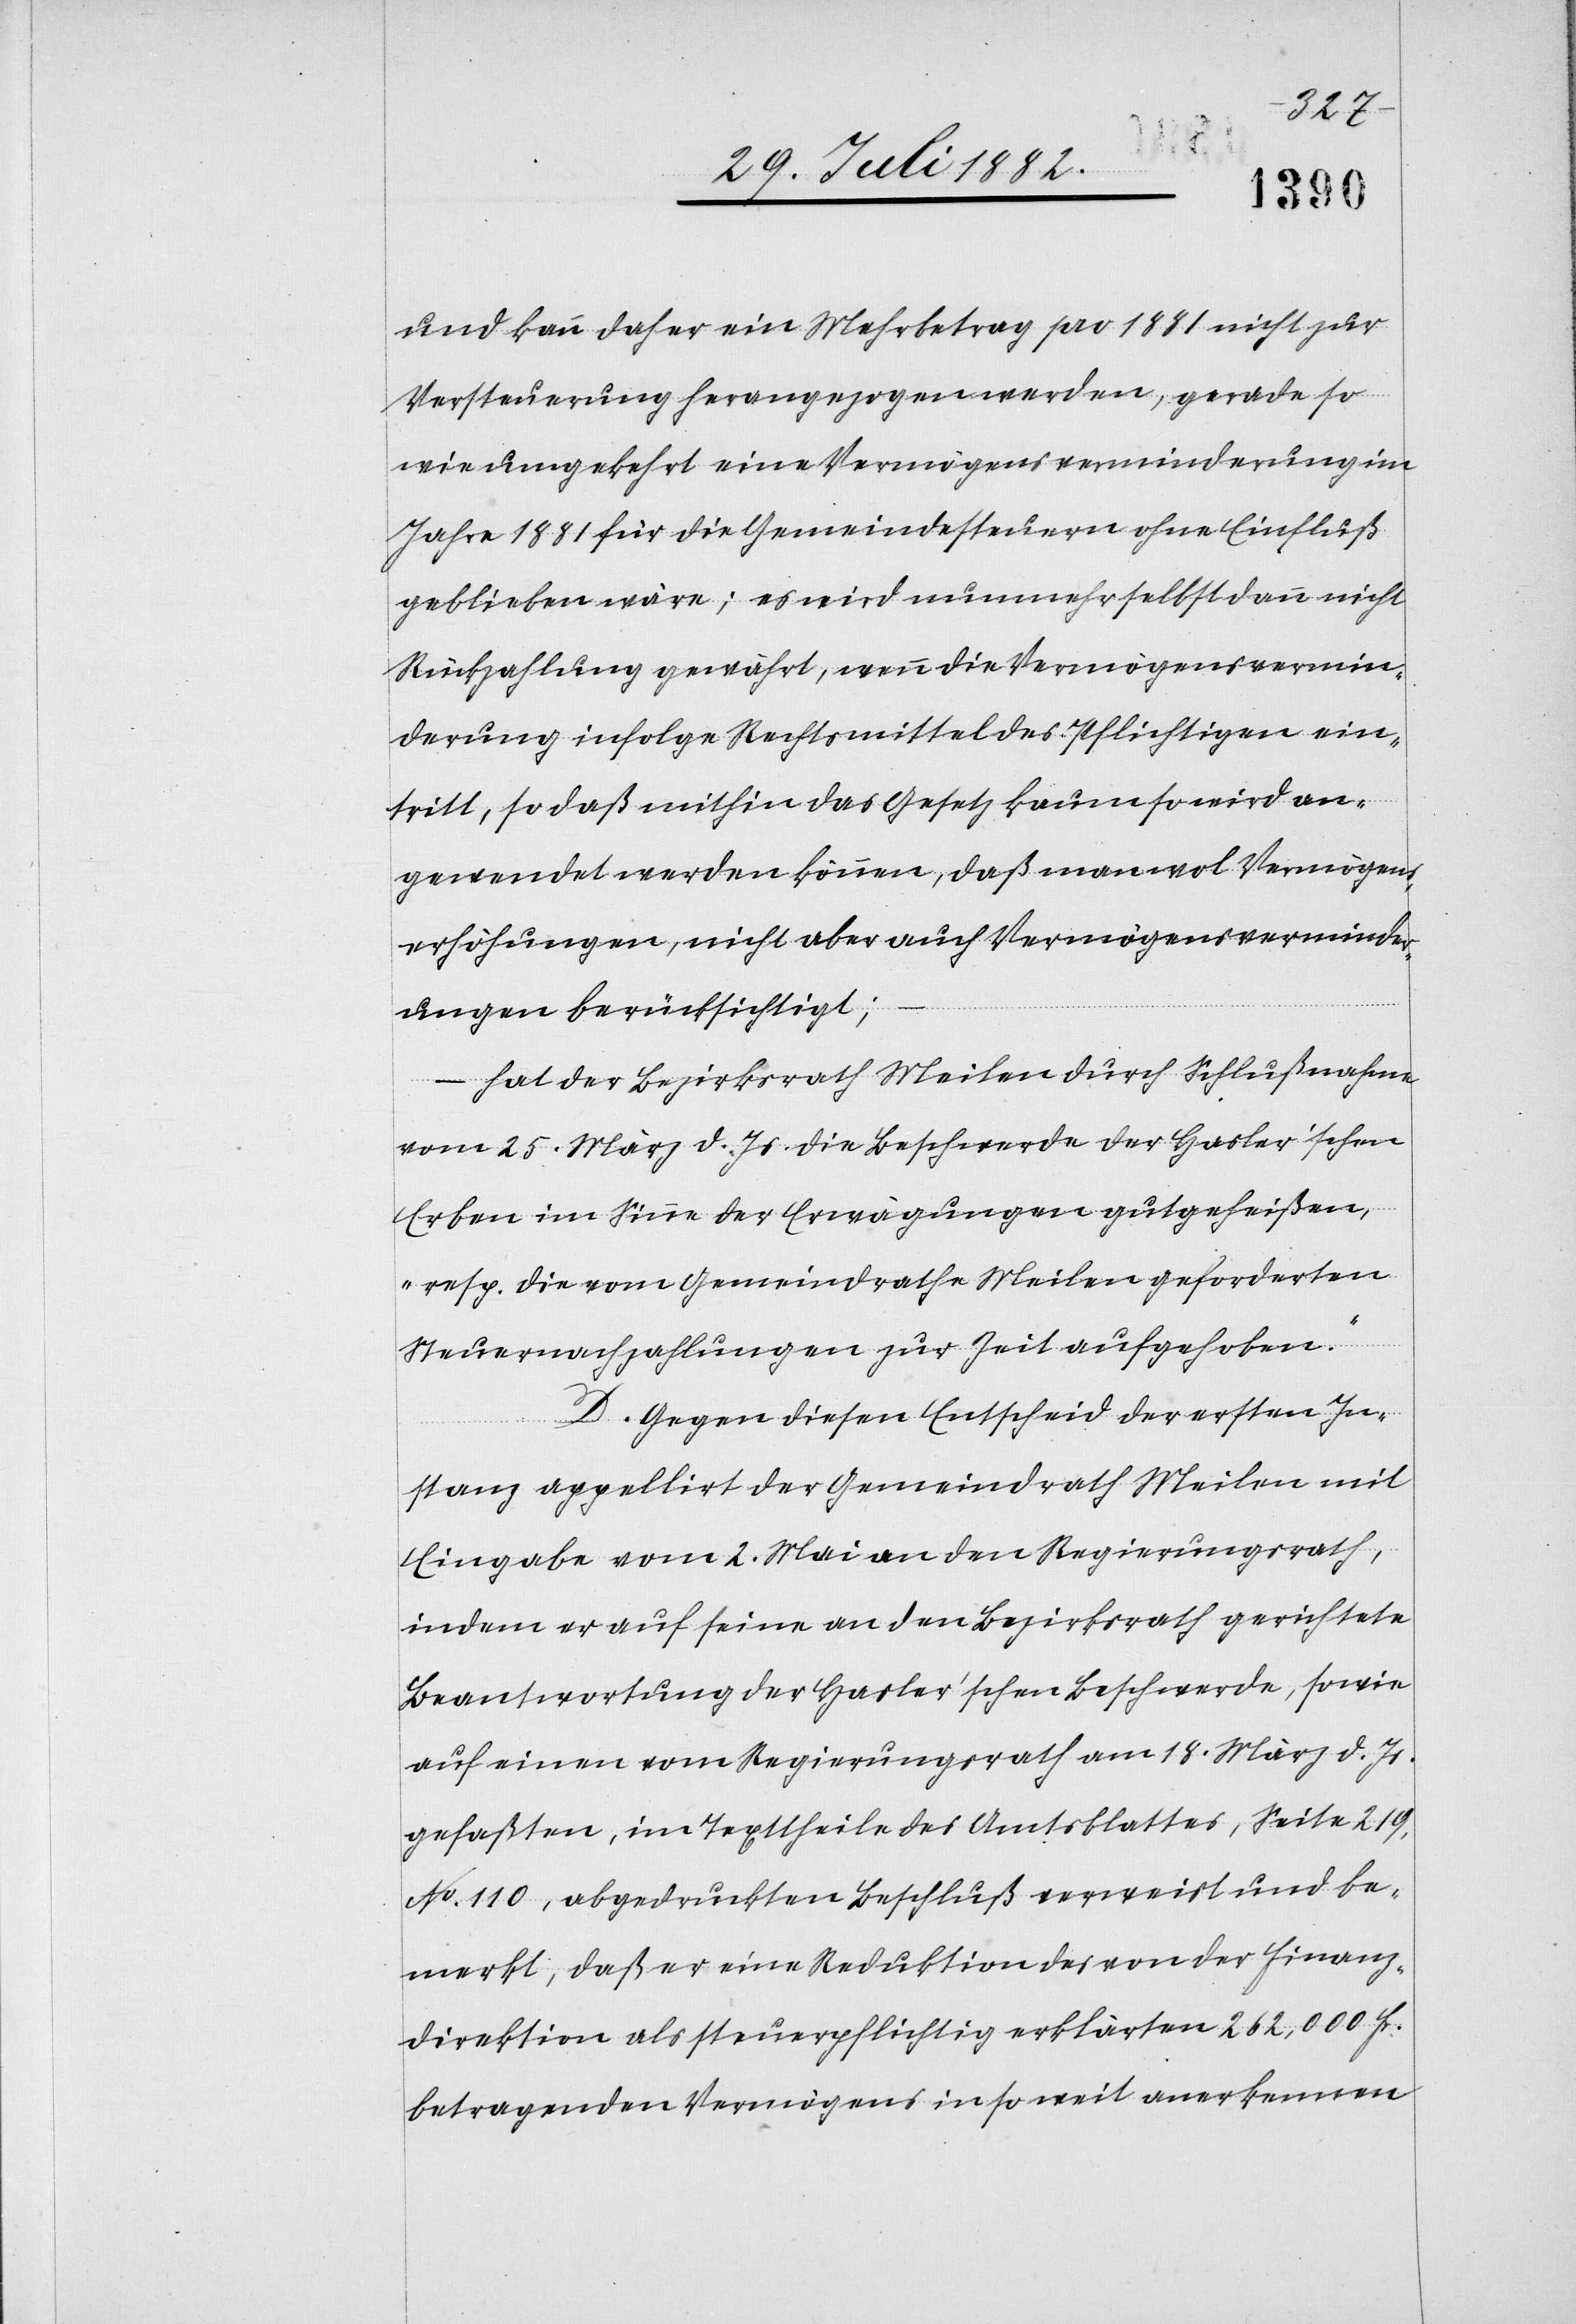
und kann daher ein Mehrbetrag pro 1881 nicht zur
Versteuerung herangezogen werden, gerade so
wie umgekehrt eine Vermögensverminderung im
Jahre 1881 für die Gemeindesteuern ohne Einfluß
geblieben wäre; es wird nunmehr selbst dann nicht
Rückzahlung gewährt, wenn die Vermögensvermin¬
derung infolge Rechtmittel des Pflichtigen ein¬
tritt, so daß mithin das Gesetz kaum so wird an¬
gewendet werden können, daß man wol Vermögens¬
erhöhungen, nicht aber Vermögensverminder¬
ungen berücksichtigt;
– hat der Bezirksrath Meilen durch Schlußnahme
vom 25. März d. Js. die Beschwerde der Hasler’schen
Erben im Sinne der Erwägungen gutgeheißen,
„resp. die vom Gemeindrathe Meilen geforderten
Steuernachzahlungen zur Zeit aufgehoben.“
D. Gegen diesen Entscheid der ersten In¬
stanz appellirt der Gemeindrath Meilen mit
Eingabe vom 2. Mai an den Regierungsrath,
indem er auf seine an den Bezirksrath gerichtete
Beantwortung der Hasler’schen Beschwerde, sowie
auf einen vom Regierungsrath am 18. März d. Js.
gefaßten, im Texttheile des Amtsblattes, Seite 219,
No 110, abgedruckten Beschluß verweist und be¬
merkt, daß er eine Reduktion des von der Finanz¬
direktion als steuerpflichtig erklärten 262,000 Fr.
betragenden Vermögens in so weit anerkennen